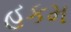
હકમ